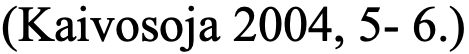
(Kaivosoja 2004, 5- 6.)